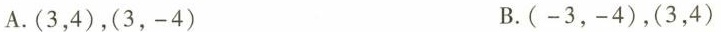
A.(3，4)，(3，-4) B.(-3，-4)，(3，4)